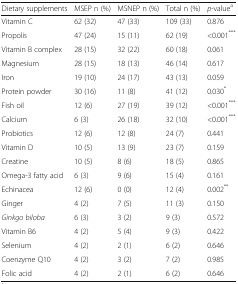
<table><thead><tr><td><b>Dietary supplements</b></td><td><b>MSEP n (%)</b></td><td><b>MSNEP n (%)</b></td><td><b>Total n (%)</b></td><td><b><i>p</i>-value<sup>a</sup></b></td></tr></thead><tbody><tr><td>Vitamin C</td><td>62 (32)</td><td>47 (33)</td><td>109 (33)</td><td>0.876</td></tr><tr><td>Propolis</td><td>47 (24)</td><td>15 (11)</td><td>62 (19)</td><td>&lt;0.001<sup>***</sup></td></tr><tr><td>Vitamin B complex</td><td>28 (15)</td><td>32 (22)</td><td>60 (18)</td><td>0.061</td></tr><tr><td>Magnesium</td><td>28 (15)</td><td>18 (13)</td><td>46 (14)</td><td>0.617</td></tr><tr><td>Iron</td><td>19 (10)</td><td>24 (17)</td><td>43 (13)</td><td>0.059</td></tr><tr><td>Protein powder</td><td>30 (16)</td><td>11 (8)</td><td>41 (12)</td><td>0.030<sup>*</sup></td></tr><tr><td>Fish oil</td><td>12 (6)</td><td>27 (19)</td><td>39 (12)</td><td>&lt;0.001<sup>***</sup></td></tr><tr><td>Calcium</td><td>6 (3)</td><td>26 (18)</td><td>32 (10)</td><td>&lt;0.001<sup>***</sup></td></tr><tr><td>Probiotics</td><td>12 (6)</td><td>12 (8)</td><td>24 (7)</td><td>0.441</td></tr><tr><td>Vitamin D</td><td>10 (5)</td><td>13 (9)</td><td>23 (7)</td><td>0.159</td></tr><tr><td>Creatine</td><td>10 (5)</td><td>8 (6)</td><td>18 (5)</td><td>0.865</td></tr><tr><td>Omega-3 fatty acid</td><td>6 (3)</td><td>9 (6)</td><td>15 (4)</td><td>0.161</td></tr><tr><td>Echinacea</td><td>12 (6)</td><td>0 (0)</td><td>12 (4)</td><td>0.002<sup>**</sup></td></tr><tr><td>Ginger</td><td>4 (2)</td><td>7 (5)</td><td>11 (3)</td><td>0.150</td></tr><tr><td><i>Ginkgo biloba</i></td><td>6 (3)</td><td>3 (2)</td><td>9 (3)</td><td>0.572</td></tr><tr><td>Vitamin B6</td><td>4 (2)</td><td>5 (4)</td><td>9 (3)</td><td>0.422</td></tr><tr><td>Selenium</td><td>4 (2)</td><td>2 (1)</td><td>6 (2)</td><td>0.646</td></tr><tr><td>Coenzyme Q10</td><td>4 (2)</td><td>3 (2)</td><td>7 (2)</td><td>0.985</td></tr><tr><td>Folic acid</td><td>4 (2)</td><td>2 (1)</td><td>6 (2)</td><td>0.646</td></tr></tbody></table>